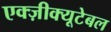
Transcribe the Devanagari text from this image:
एक्ज़ीक्यूटेबल